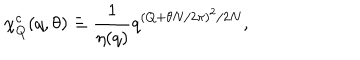
\chi _ { Q } ^ { c } ( q , \theta ) \equiv { \frac { 1 } { \eta ( q ) } } q ^ { ( Q + \theta N / 2 \pi ) ^ { 2 } / 2 N } ,